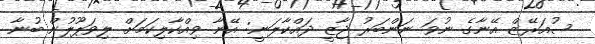
ސުއަރޭޒް އޭނާގެ ނުވަ ނަންބަރު ޖާޒީ ދައްކާލަނީ: އޭނާ ވިއްކާލިކަމަށް ލިވަޕޫލުން ބުނާ